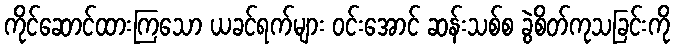
ကိုင်ဆောင်ထားကြသော ယခင်ရက်များ ဝင်းအောင် ဆန်းသစ်စ ခွဲစိတ်ကုသခြင်းကို